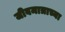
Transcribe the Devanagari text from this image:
जीवमात्राच्या